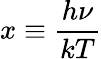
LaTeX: x\equiv{\frac{h\nu}{kT}}